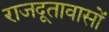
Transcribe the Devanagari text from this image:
राजदूतावासों